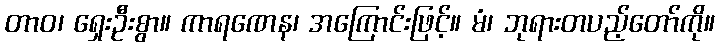
တာဝ၊ ရှေးဦးစွာ။ ကာရဏေန၊ အကြောင်းဖြင့်။ မံ၊ ဘုရားတပည့်တော်ကို။